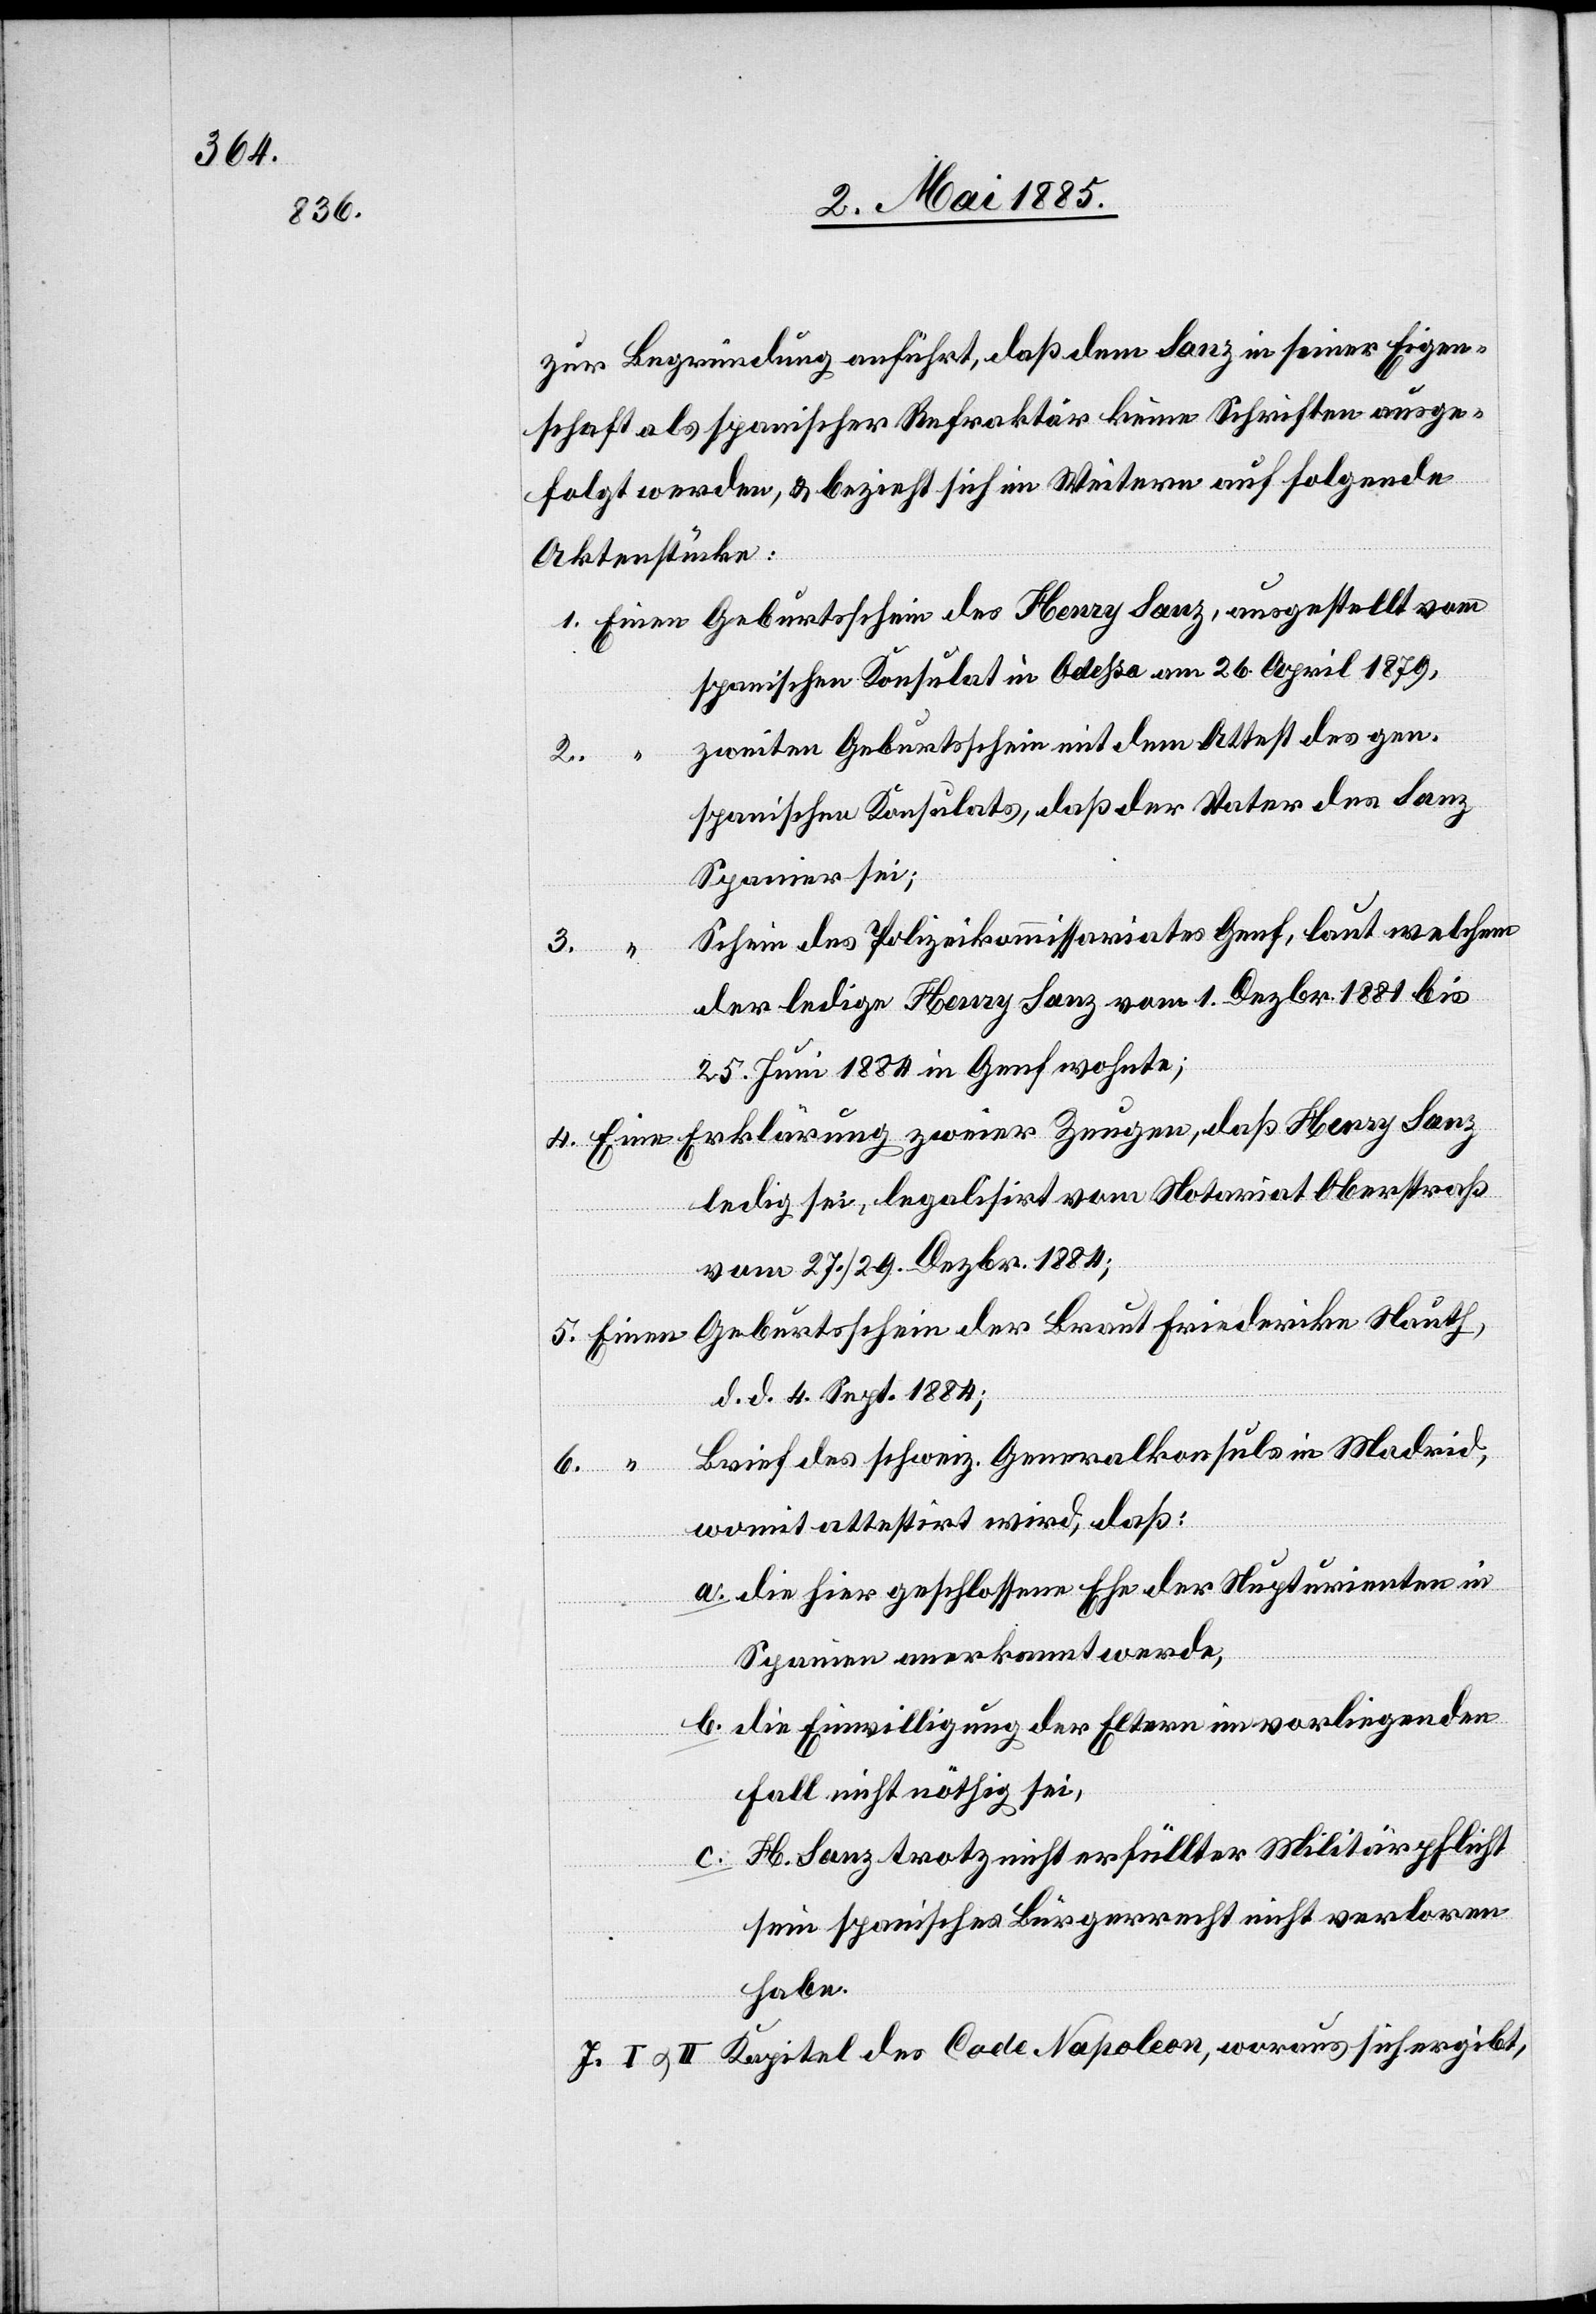
zur Begründung anführt, daß dem Sanz in seiner Eigen¬
schaft als spanischer Refraktär keine Schriften ausge¬
folgt werden, & bezieht sich im Weitern auf folgende
Aktenstücke:
spanischen Konsulat in Odessa am 26. April 1879,
zweiten Geburtsschein mit dem Attest des gen.
2.
spanischen Konsulats, daß der Vater des Sanz
Spanier sei;
Schein des Polizeikommissariats Genf, laut welchem
3.
der ledige Henry Sanz vom 1. Dezbr. 1881 bis
25. Juni 1884 in Genf wohnte;
Erklärung zweier Zeugen, daß Henry Sanz
ledig sei, legalisirt vom Notariat Oberstraß
vom 27./29. Dezbr. 1884;
Geburtsschein der Braut Friederika Nauth,
d. d. 4. Sept. 1884;
Brief des schweiz. Generalkonsuls in Madrid,
womit attestirt wird, daß:
die hier geschlossene Ehe der Nupturienten in
Spanien anerkannt werde,
die Einwilligung der Eltern in vorliegenden
Fall nicht nöthig sei,
H. Sanz trotz nicht erfüllter Militärpflicht
b.
sein spanisches Bürgerrecht nicht verloren
habe.
I & II Kapitel des Code Napoleon, woraus sich ergibt,